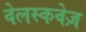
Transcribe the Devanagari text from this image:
वेलस्कवेज़